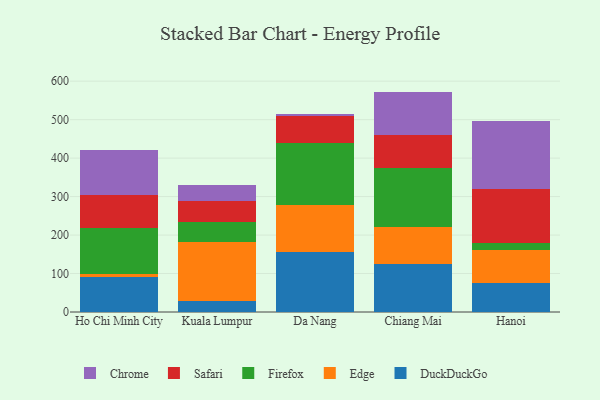
{"axis": {"x": "City", "y": "Production Output"}, "legend": ["Chrome", "DuckDuckGo", "Edge", "Firefox", "Safari"], "data": [{"x": "Ho Chi Minh City", "y": 90.3, "type": "DuckDuckGo"}, {"x": "Ho Chi Minh City", "y": 8.9, "type": "Edge"}, {"x": "Ho Chi Minh City", "y": 118.6, "type": "Firefox"}, {"x": "Ho Chi Minh City", "y": 86.9, "type": "Safari"}, {"x": "Ho Chi Minh City", "y": 115.3, "type": "Chrome"}, {"x": "Kuala Lumpur", "y": 28.4, "type": "DuckDuckGo"}, {"x": "Kuala Lumpur", "y": 152.9, "type": "Edge"}, {"x": "Kuala Lumpur", "y": 51.4, "type": "Firefox"}, {"x": "Kuala Lumpur", "y": 56.6, "type": "Safari"}, {"x": "Kuala Lumpur", "y": 41.1, "type": "Chrome"}, {"x": "Da Nang", "y": 156.7, "type": "DuckDuckGo"}, {"x": "Da Nang", "y": 121.3, "type": "Edge"}, {"x": "Da Nang", "y": 160.9, "type": "Firefox"}, {"x": "Da Nang", "y": 71.0, "type": "Safari"}, {"x": "Da Nang", "y": 5.8, "type": "Chrome"}, {"x": "Chiang Mai", "y": 123.7, "type": "DuckDuckGo"}, {"x": "Chiang Mai", "y": 97.3, "type": "Edge"}, {"x": "Chiang Mai", "y": 152.7, "type": "Firefox"}, {"x": "Chiang Mai", "y": 86.0, "type": "Safari"}, {"x": "Chiang Mai", "y": 113.2, "type": "Chrome"}, {"x": "Hanoi", "y": 75.9, "type": "DuckDuckGo"}, {"x": "Hanoi", "y": 84.8, "type": "Edge"}, {"x": "Hanoi", "y": 17.7, "type": "Firefox"}, {"x": "Hanoi", "y": 140.2, "type": "Safari"}, {"x": "Hanoi", "y": 177.5, "type": "Chrome"}]}